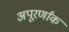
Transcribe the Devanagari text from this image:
अपूरर्णांक